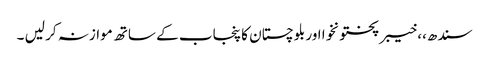
سندھ،، خیبر پختونخوا اور بلوچستان کا پنجاب کے ساتھ موازنہ کر لیں ۔